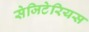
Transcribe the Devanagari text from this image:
सेजिटेरियस